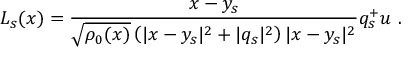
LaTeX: L _ { s } ( x ) = \frac { x - y _ { s } } { \sqrt { \rho _ { 0 } ( x ) } \left( | x - y _ { s } | ^ { 2 } + | q _ { s } | ^ { 2 } \right) | x - y _ { s } | ^ { 2 } } q _ { s } ^ { + } u ~ .